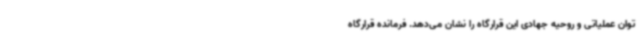
توان عملیاتی و روحیه جهادی این قرارگاه را نشان می‌دهد. فرمانده قرارگاه